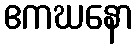
ဧကဃနော